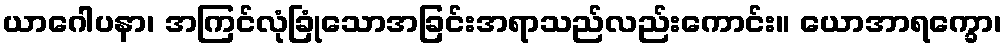
ယာဂေါပနာ၊ အကြင်လုံခြုံသောအခြင်းအရာသည်လည်းကောင်း။ ယောအာရက္ခော၊